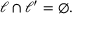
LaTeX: \ell \cap \ell ^ { \prime } = \varnothing .